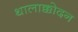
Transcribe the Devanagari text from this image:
थालाक्कोदन